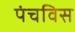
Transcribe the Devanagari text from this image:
पंचविस